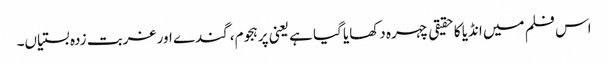
اس فلم میں انڈیا کا حقیقی چہرہ دکھایا گیا ہے یعنی پرہجوم، گندے اور غربت زدہ بستیاں۔